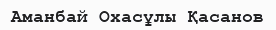
Аманбай Охасұлы Қасанов